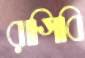
রাগিবি